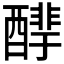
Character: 𰼒